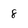
Character: 8